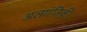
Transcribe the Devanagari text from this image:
अलगंतिक़ी